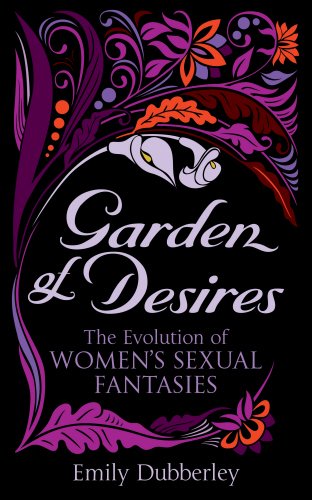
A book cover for Garden of Desires: The Evolution of Women's Sexual Fantasies; Emily Dubberley; Romance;